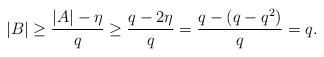
LaTeX: \begin{align*}|B|\geq \frac{|A|-\eta}{q}\geq \frac{q-2\eta}{q}= \frac{q-(q-q^2)}{q}=q.\end{align*}